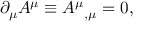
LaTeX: \partial _ { \mu } A ^ { \mu } \equiv A ^ { \mu } { } _ { , \mu } = 0 ,